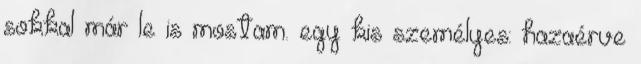
sokkal már le is mostam. egy kis személyes: hazaérve